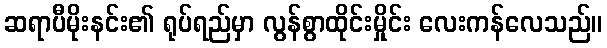
ဆရာပီမိုးနင်း၏ ရုပ်ရည်မှာ လွန်စွာထိုင်းမှိုင်း လေးကန်လေသည်။